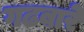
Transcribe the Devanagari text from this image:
गढबारे